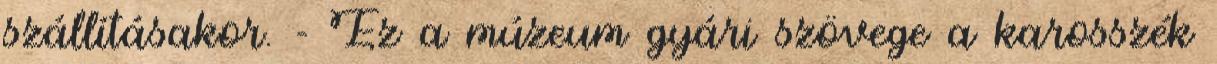
szállításakor. - Ez a múzeum gyári szövege a karosszék